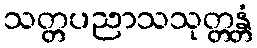
သတ္တပညာသသုတ္တန္တံ